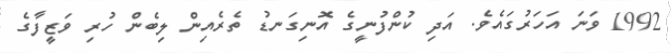
1992 ވަނަ އަހަރުގައެވެ. އަދި ކުންފުނީގެ އޮނިގަނޑު ތެރެއިން ލިބެން ހުރި ވަޒީފާގެ